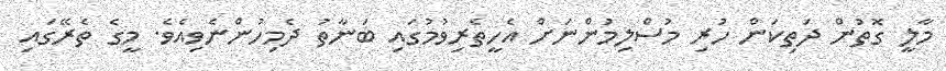
މާލީ ގޮތުން ދަތިކަން ހުރި މުސްލިމުންނަށް އެހީތެރިވުމުގައި ބަނާތު ދެމިހުންނެވިއެވެ. މީގެ ތެރޭގައި